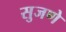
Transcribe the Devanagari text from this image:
सुजणे